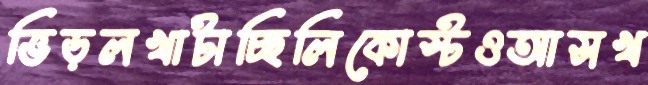
ভিড়লখাটাচ্ছিলিকোস্টওআসখ